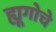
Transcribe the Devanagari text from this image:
ह्यूगोचे